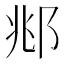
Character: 𫑜